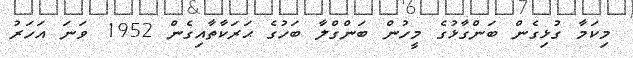
މިކަމާ ގުޅިގެން ބަންގާޅުގެ މީހުން ބަންގްލާ ބަހުގެ ޙަރަކާތާއިގެން 1952 ވަނަ އަހަރު